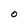
Character: O